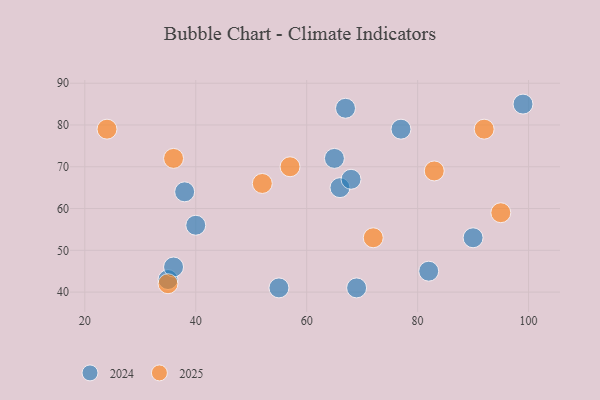
{"axis": {"x": "GDP", "y": "Life Expectancy"}, "legend": ["2024", "2025"], "data": [{"x": "35", "y": 42, "type": "2025"}, {"x": "83", "y": 69, "type": "2025"}, {"x": "72", "y": 53, "type": "2025"}, {"x": "52", "y": 66, "type": "2025"}, {"x": "92", "y": 79, "type": "2025"}, {"x": "24", "y": 79, "type": "2025"}, {"x": "57", "y": 70, "type": "2025"}, {"x": "95", "y": 59, "type": "2025"}, {"x": "36", "y": 72, "type": "2025"}, {"x": "55", "y": 41, "type": "2024"}, {"x": "90", "y": 53, "type": "2024"}, {"x": "67", "y": 84, "type": "2024"}, {"x": "69", "y": 41, "type": "2024"}, {"x": "38", "y": 64, "type": "2024"}, {"x": "35", "y": 43, "type": "2024"}, {"x": "36", "y": 46, "type": "2024"}, {"x": "82", "y": 45, "type": "2024"}, {"x": "65", "y": 72, "type": "2024"}, {"x": "77", "y": 79, "type": "2024"}, {"x": "66", "y": 65, "type": "2024"}, {"x": "99", "y": 85, "type": "2024"}, {"x": "68", "y": 67, "type": "2024"}, {"x": "40", "y": 56, "type": "2024"}]}